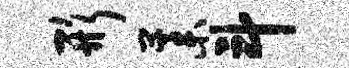
形藁斗